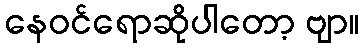
နေဝင်ရောဆိုပါတော့ ဗျာ။